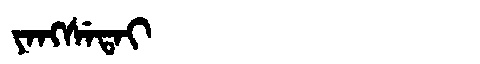
Manchu: ᠶᠠᠩᠰᡝᡨᠠᡳ
Romanization: YANGSETAI